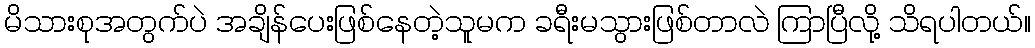
မိသားစုအတွက်ပဲ အချိန်ပေးဖြစ်နေတဲ့သူမက ခရီးမသွားဖြစ်တာလဲ ကြာပြီလို့ သိရပါတယ်။